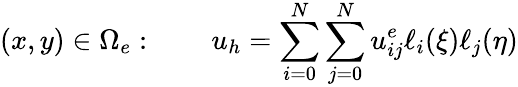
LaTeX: (x,y)\in\Omega_{e}:\qquad u_{h}=\sum_{i=0}^{N}\sum_{j=0}^{N}u_{ij}^{e}\ell_{i}(\xi)\ell_{j}(\eta)